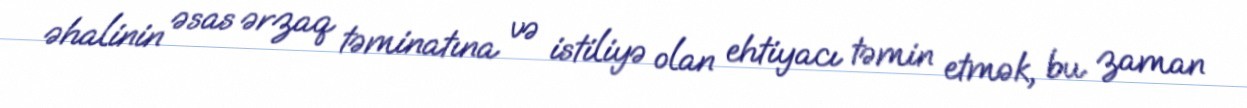
əhalinin əsas ərzaq təminatına və istiliyə olan ehtiyacı təmin etmək, bu zaman